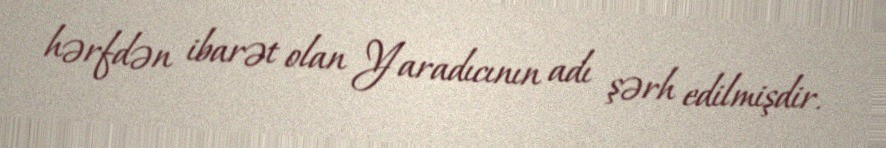
hərfdən ibarət olan Yaradıcının adı şərh edilmişdir.